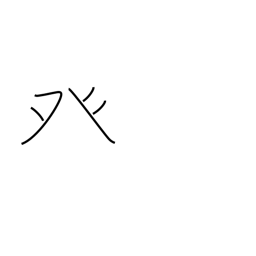
Meaning: dotted tent radical (no. 105)